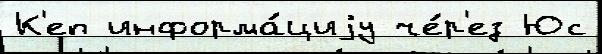
К'еп информа́циjу че́р'ез Юс